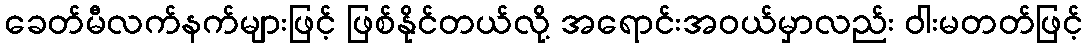
ခေတ်မီလက်နက်များဖြင့် ဖြစ်နိုင်တယ်လို့ အရောင်းအဝယ်မှာလည်း ဝါးမတတ်ဖြင့်